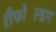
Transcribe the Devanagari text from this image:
रीफोल्डिंग